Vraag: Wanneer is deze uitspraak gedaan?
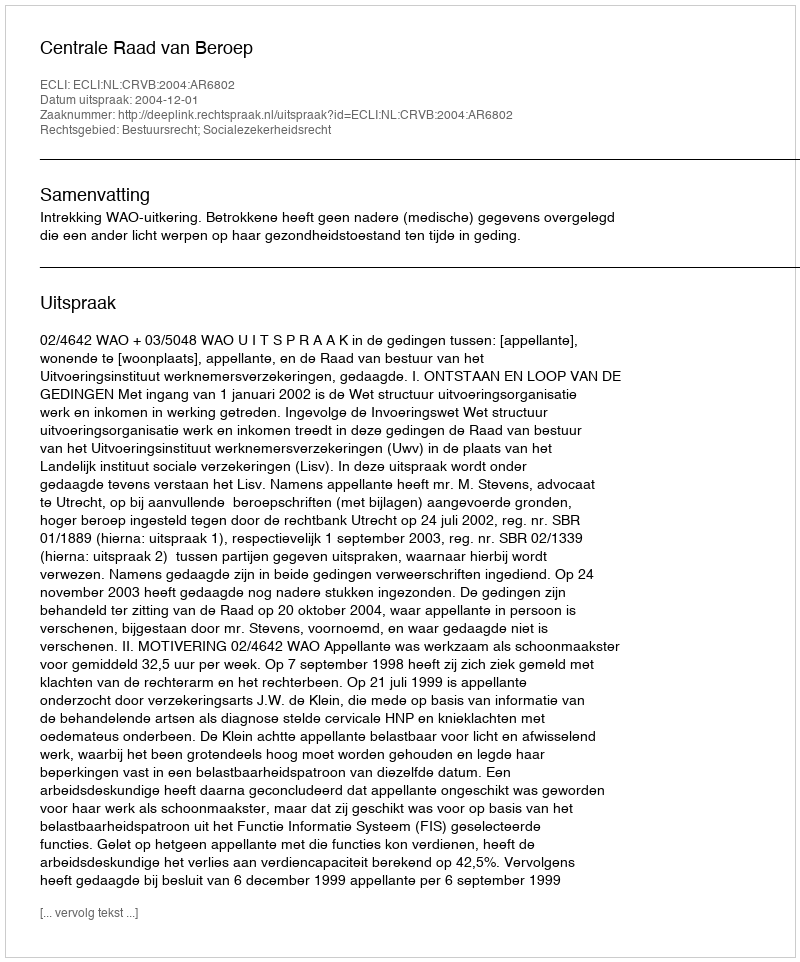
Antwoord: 2004-12-01